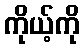
ကိုယ့်ကို